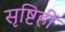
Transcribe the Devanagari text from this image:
सृष्टिही